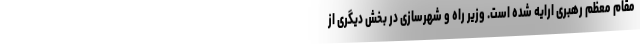
مقام معظم رهبری ارایه شده است. وزیر راه و شهرسازی در بخش دیگری از